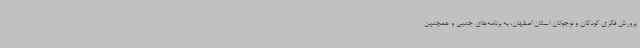
پرورش فکری کودکان و نوجوانان استان اصفهان، به برنامه‌های جنبی و همچنین